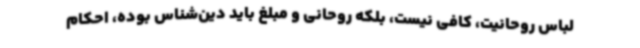
لباس روحانیت، کافی نیست، بلکه روحانی و مبلغ باید دین‌شناس بوده، احکام